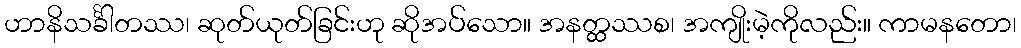
ဟာနိသင်္ခါတဿ၊ ဆုတ်ယုတ်ခြင်းဟု ဆိုအပ်သော။ အနတ္ထဿစ၊ အကျိုးမဲ့ကိုလည်း။ ကာမနတော၊